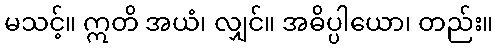
မသင့်။ ဣတိ အယံ၊ လျှင်။ အဓိပ္ပါယော၊ တည်း။